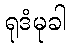
ရုဒံမုခါ